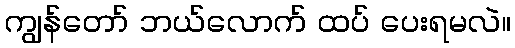
ကျွန်တော် ဘယ်လောက် ထပ် ပေးရမလဲ။